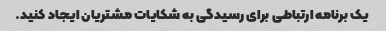
یک برنامه ارتباطی برای رسیدگی به شکایات مشتریان ایجاد کنید.